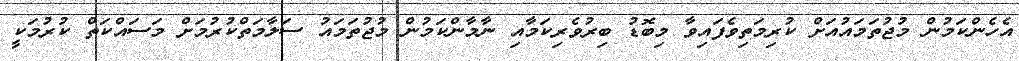
އެހެންކަމުން މުޖުތަމައުއަށް ކުރިމަތިވެފައިވާ މިބޮޑު ބިރުވެރިކަމާއި ނާމާންކަމުން މުޖުތަަމައު ސަލާމަތްކުރުމަށް މަސައްކަތް ކުރުމަކީ